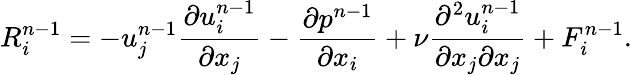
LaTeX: R_{i}^{n-1}=-u_{j}^{n-1}\frac{\partial u_{i}^{n-1}}{\partial x_{j}}-\frac{\partial p^{n-1}}{\partial x_{i}}+\nu\frac{\partial^{2}u_{i}^{n-1}}{\partial x_{j}\partial x_{j}}+F_{i}^{n-1}.